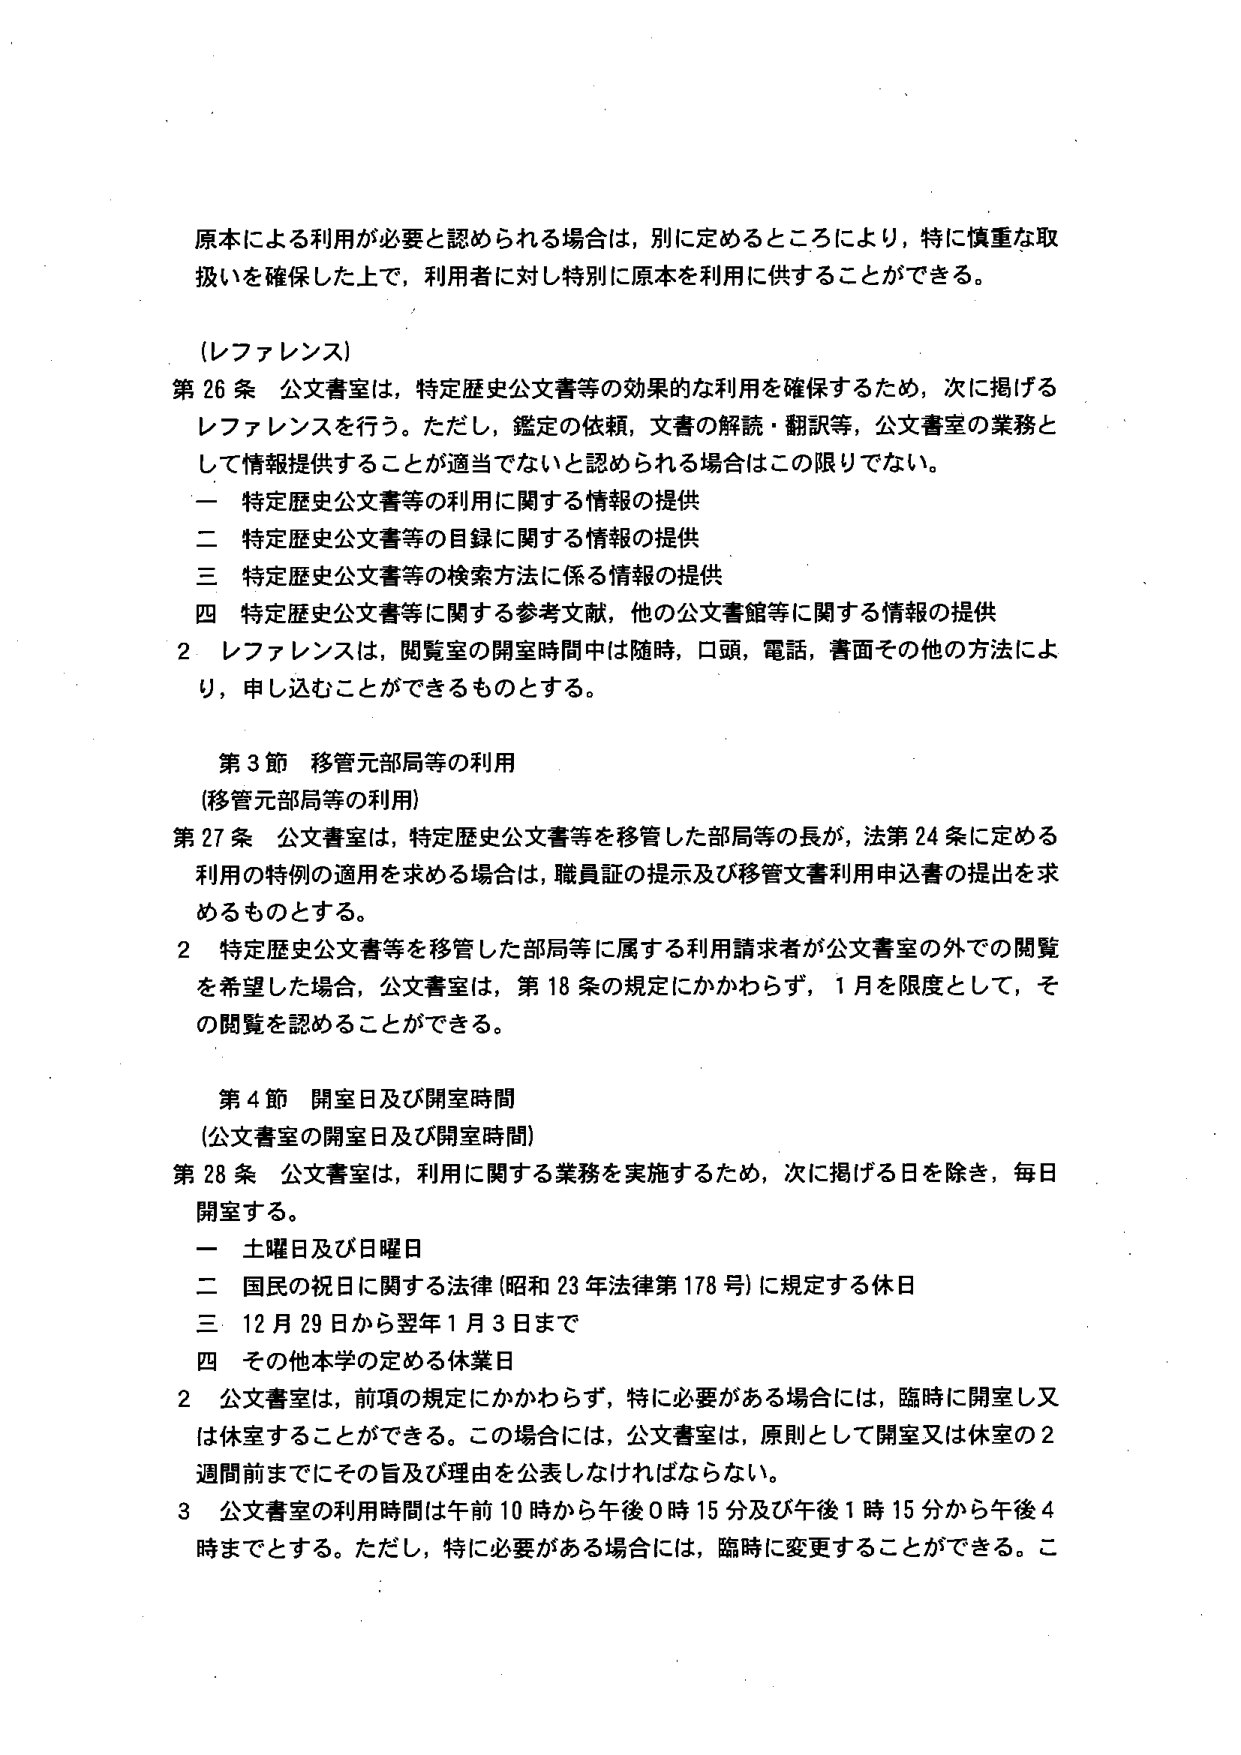
原本による利用が必要と認められる場合は，別に定めるところにより，特に慎重な取扱いを確保した上で，利用者に対し特別に原本を利用に供することができる。

（レファレンス）
第26条 公文書室は，特定歴史公文書等の効果的な利用を確保するため，次に掲げるレファレンスを行う。ただし，鑑定の依頼，文書の解読・翻訳等，公文書室の業務として情報提供することが適当でないと認められる場合はこの限りでない。
一 特定歴史公文書等の利用に関する情報の提供
二 特定歴史公文書等の目録に関する情報の提供
三 特定歴史公文書等の検索方法に係る情報の提供
四 特定歴史公文書等に関する参考文献，他の公文書館等に関する情報の提供
2 レファレンスは，閲覧室の開室時間中は随時，口頭，電話，書面その他の方法により，申し込むことができるものとする。

第3節 移管元部局等の利用
（移管元部局等の利用）
第27条 公文書室は，特定歴史公文書等を移管した部局等の長が，法第24条に定める利用の特例の適用を求める場合は，職員証の提示及び移管文書利用申込書の提出を求めるものとする。
2 特定歴史公文書等を移管した部局等に属する利用請求者が公文書室の外での閲覧を希望した場合，公文書室は，第18条の規定にかかわらず，1月を限度として，その閲覧を認めることができる。

第4節 開室日及び開室時間
（公文書室の開室日及び開室時間）
第28条 公文書室は，利用に関する業務を実施するため，次に掲げる日を除き，毎日開室する。
一 土曜日及び日曜日
二 国民の祝日に関する法律（昭和23年法律第178号）に規定する休日
三 12月29日から翌年1月3日まで
四 その他本学の定める休業日
2 公文書室は，前項の規定にかかわらず，特に必要がある場合には，臨時に開室し又は休室することができる。この場合には，公文書室は，原則として開室又は休室の2週間前までにその旨及び理由を公表しなければならない。
3 公文書室の利用時間は午前10時から午後0時15分及び午後1時15分から午後4時までとする。ただし，特に必要がある場合には，臨時に変更することができる。こ